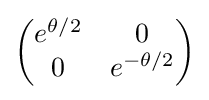
{\begin{pmatrix}e^{\theta /2}&0\\0&e^{-\theta /2}\end{pmatrix}}